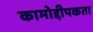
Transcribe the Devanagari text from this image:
कामोद्दीपकता